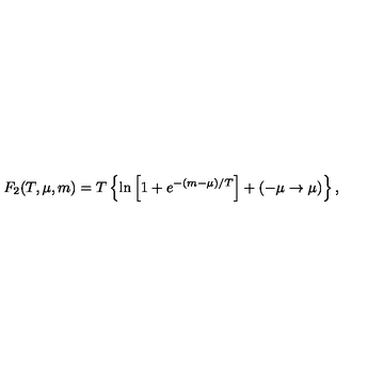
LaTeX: F _ { 2 } ( T , \mu , m ) = T \left\{ \ln \left[ 1 + e ^ { - ( m - \mu ) / T } \right] + ( - \mu \to \mu ) \right\} ,